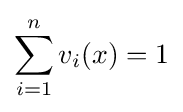
\sum _{i=1}^{n}v_{i}(x)=1